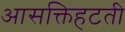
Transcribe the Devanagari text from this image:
आसक्तिहटती